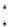
: